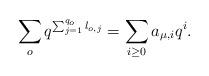
LaTeX: \begin{align*}\sum_o q^{\sum_{j=1}^{q_o}l_{o,j}}=\sum_{i \geq 0} a_{\mu,i}q^i.\end{align*}